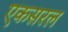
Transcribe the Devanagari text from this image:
एकसरल